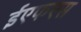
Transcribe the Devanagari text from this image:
ईएफएस